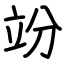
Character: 竕